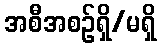
အစီအစဉ်ရှိ/မရှိ